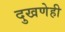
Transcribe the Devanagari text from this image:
दुखणेही